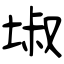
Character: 埱